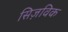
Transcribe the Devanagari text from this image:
सिज़विक